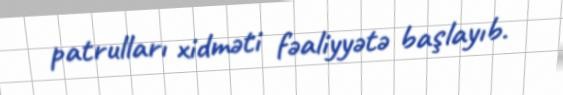
patrulları xidməti fəaliyyətə başlayıb.